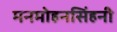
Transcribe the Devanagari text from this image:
मनमोहनसिंहनी